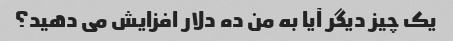
یک چیز دیگر آیا به من ده دلار افزایش می دهید؟